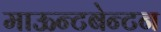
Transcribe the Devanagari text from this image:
माऊन्टबेन्टन